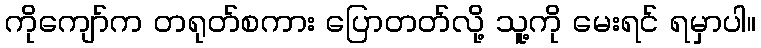
ကိုကျော်က တရုတ်စကား ပြောတတ်လို့ သူ့ကို မေးရင် ရမှာပါ။